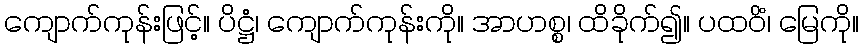
ကျောက်ကုန်းဖြင့်။ ပိဋ္ဌံ၊ ကျောက်ကုန်းကို။ အာဟစ္စ၊ ထိခိုက်၍။ ပထဝိံ၊ မြေကို။